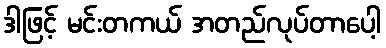
ဒါဖြင့် မင်းတကယ် အတည်လုပ်တာပေါ့